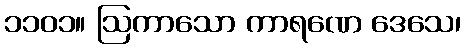
၁၁၀၁။ ဩကာသော ကာရဏေ ဒေသေ၊